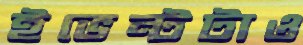
ইভেন্টটাও